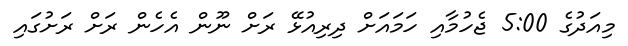
މިއަދުގެ 5:00 ޖެހުމާއި ހަމައަށް ދިރިއުޅޭ ރަށް ނޫން އެހެން ރަށް ރަށުގައި